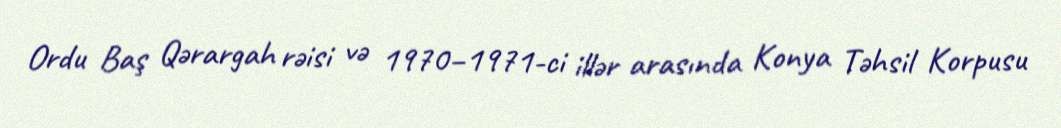
Ordu Baş Qərargah rəisi və 1970–1971-ci illər arasında Konya Təhsil Korpusu